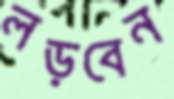
লড়বেন